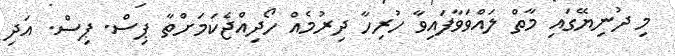
މި ދުނިޔޭގައި މާތް ލައްވަވާފައިވާ ހުރިހާ ދިރުމެއް ހޯދިއްޖެކަމަށްތާ ޕިސް. ޕިސް. އަދި